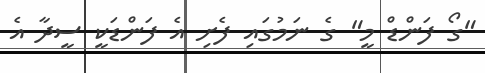
"ގޯ ފަންޑް މީ" ގެ ނަމުގައި ފެށި އެ ފަންޑަކީ ސީދާ އެ